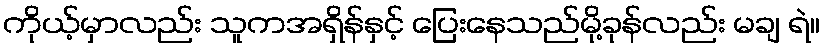
ကိုယ့်မှာလည်း သူကအရှိန်နှင့် ပြေးနေသည်မို့ခုန်လည်း မချ ရဲ။